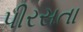
પીરસતા